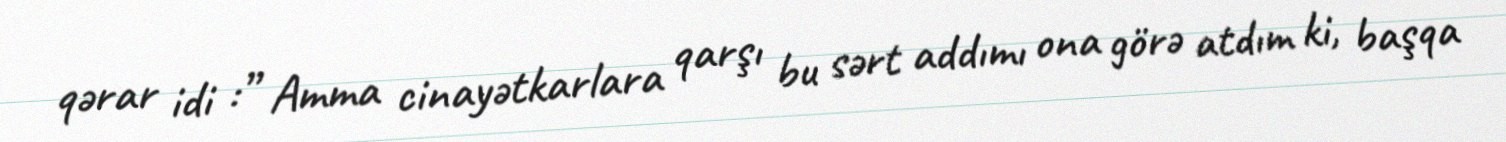
qərar idi :” Amma cinayətkarlara qarşı bu sərt addımı ona görə atdım ki, başqa